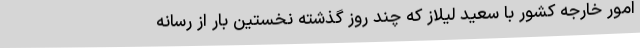
امور خارجه کشور با سعید لیلاز که چند روز گذشته نخستین بار از رسانه